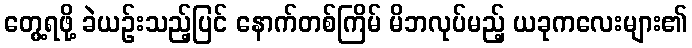
တွေ့ရဖို့ ခဲယဉ်းသည့်ပြင် နောက်တစ်ကြိမ် မိဘလုပ်မည့် ယခုကလေးများ၏